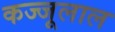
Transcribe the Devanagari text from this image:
कज्‍जूलाल